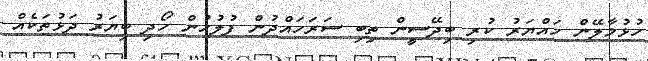
ހުޅުމާލޭން ހައްޔަރު ކުރި ބިދޭސީން ތިބި ސަރަހައްދުން ފުލުހުން ހޯދި ބިޔަރު ދަޅުތަކެއް